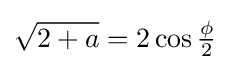
{\sqrt {2+a}}=2\cos {\tfrac {\phi }{2}}